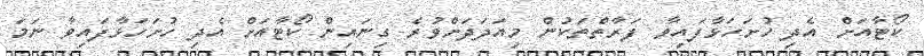
ކޯޓާއަށް އެދި ހުށަހަޅާފައިވާ ފަރާތްތަކުން މިއަދަދަށްވުރެ ގިނައިން ކޯޓާއަށް އެދި ހުށަހަޅާފައިވާ ނަމަ